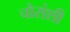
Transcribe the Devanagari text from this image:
चोरांशी